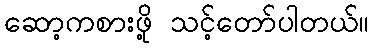
ဆော့ကစားဖို့ သင့်တော်ပါတယ်။